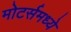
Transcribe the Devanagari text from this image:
मोटर्समध्ये